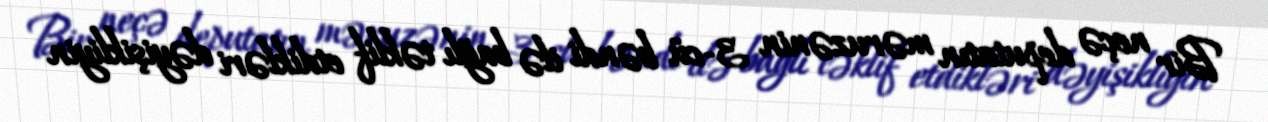
Bir neçə deputatın məruzənin 3-cü bəndi ilə bağlı təklif etdikləri dəyişikliyin